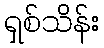
ရှစ်သိန်း